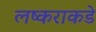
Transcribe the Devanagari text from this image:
लष्कराकडे